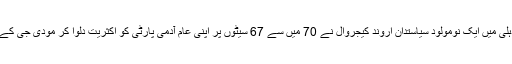
مگر ایسا بھی ہوا مرکز یعنی دہلی میں ایک نومولود سیاستدان اروند کیجروال نے 70 میں سے 67 سیٹوں پر اپنی عام آدمی پارٹی کو اکثریت دلوا کر مودی جی کے سینے پر مونگ مسل رہا ہے۔